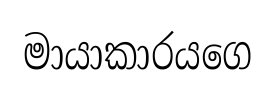
මායාකාරයගෙ